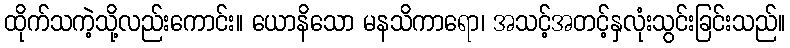
ထိုက်သကဲ့သို့လည်းကောင်း။ ယောနိသော မနသိကာရော၊ အသင့်အတင့်နှလုံးသွင်းခြင်းသည်။